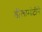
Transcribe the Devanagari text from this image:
डीलामोटीने